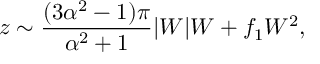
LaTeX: z \sim \frac { ( 3 \alpha ^ { 2 } - 1 ) \pi } { \alpha ^ { 2 } + 1 } | W | W + f _ { 1 } W ^ { 2 } ,